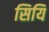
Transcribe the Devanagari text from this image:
सियि